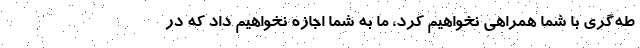
طه‌گري با شما همراهي نخواهيم كرد، ما به شما اجازه نخواهيم داد كه در